Civil Veterinary Department Bihar & Orissa reports 1911-21 - 1911-1921
Year: 1911
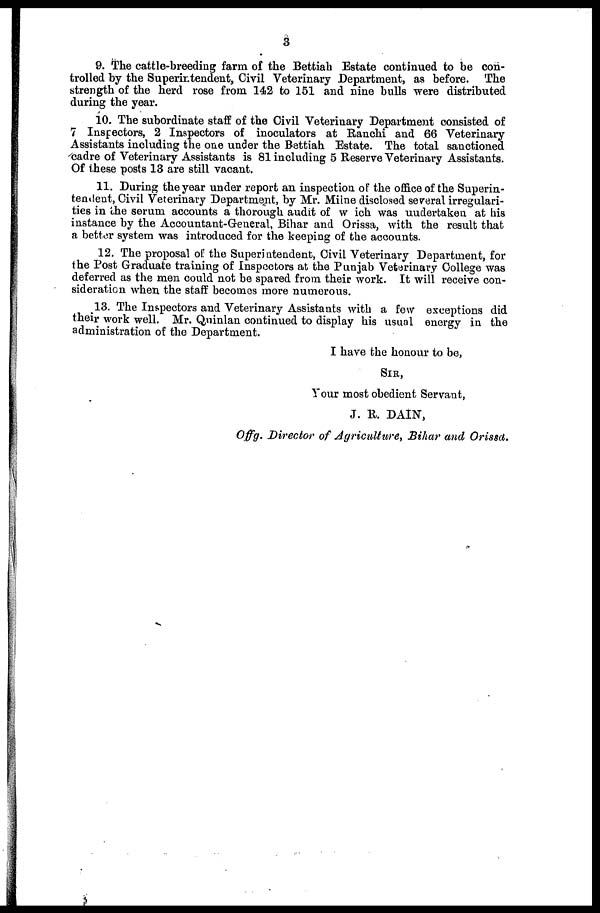
3
9. The cattle-breeding farm of the Bettiah Estate continued to be con-
trolled by the Superintendent, Civil Veterinary Department, as before. The
strength of the herd rose from 142 to 151 and nine bulls were distributed
during the year.
10. The subordinate staff of the Civil Veterinary Department consisted of
7 Inspectors, 2 Inspectors of inoculators at Ranchi and 66 Veterinary
Assistants including the one under the Bettiah Estate. The total sanctioned
cadre of Veterinary Assistants is 81 including 5 Reserve Veterinary Assistants.
Of these posts 13 are still vacant.
11. During the year under report an inspection of the office of the Superin-
tendent, Civil Veterinary Department, by Mr. Miine disclosed several irregulari-
ties in the serum accounts a thorough audit of which was undertaken at his
instance by the Accountant-General, Bihar and Orissa, with the result that
a bettor system was introduced for the keeping of the accounts.
12. The proposal of the Superintendent, Civil Veterinary Department, for
the Post Graduate training of Inspectors at the Punjab Veterinary College was
deferred as the men could not be spared from their work. It will receive con-
sideration when the staff becomes more numerous.
13. The Inspectors and Veterinary Assistants with a few exceptions did
their work well. Mr. Quinlan continued to display his usual energy in the
administration of the Department.
I have the honour to be,
SIR,
Your most obedient Servant,
J. R. DA1N,
Offg. Director of Agriculture, Bihar and Orissa.